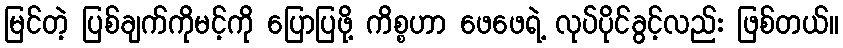
မြင်တဲ့ ပြစ်ချက်ကိုမင့်ကို ပြောပြဖို့ ကိစ္စဟာ ဖေဖေရဲ့ လုပ်ပိုင်ခွင့်လည်း ဖြစ်တယ်။